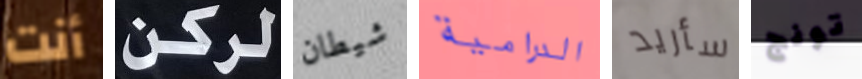
أنت لركن شيطان الدرامية سأريد تونج